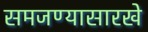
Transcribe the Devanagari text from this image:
समजण्यासारखे